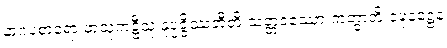
နာဂပစာရော ဖာသုကဋ္ဌီသု နုပ္ပဇ္ဇိဿတီတိ သတ္တဝဿော ကတွာတိ ဝဍ္ဎနဋ္ဌေန